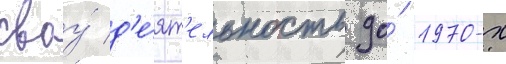
своу́ д'е́ят'ельность до́ 1970-х